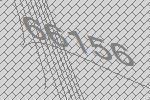
66156